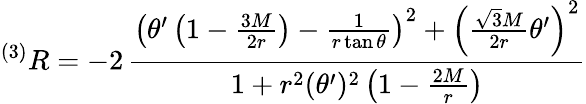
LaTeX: ^{(3)}R=-2\, \frac{\left(\theta^{\prime}\left(1-\frac{3M}{2r}\right)-\frac{1}{r\tan\theta}\right)^{2}+\left(\frac{\sqrt{3}M}{2r}\theta^{\prime}\right)^{2}}{1+r^{2}(\theta^{\prime})^{2}\left(1-\frac{2M}{r}\right)}